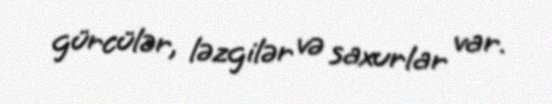
gürcülər, ləzgilər və saxurlar var.